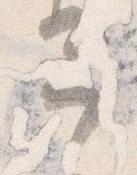
予